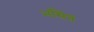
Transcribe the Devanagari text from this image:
भसितं